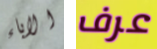
الاباء عرف